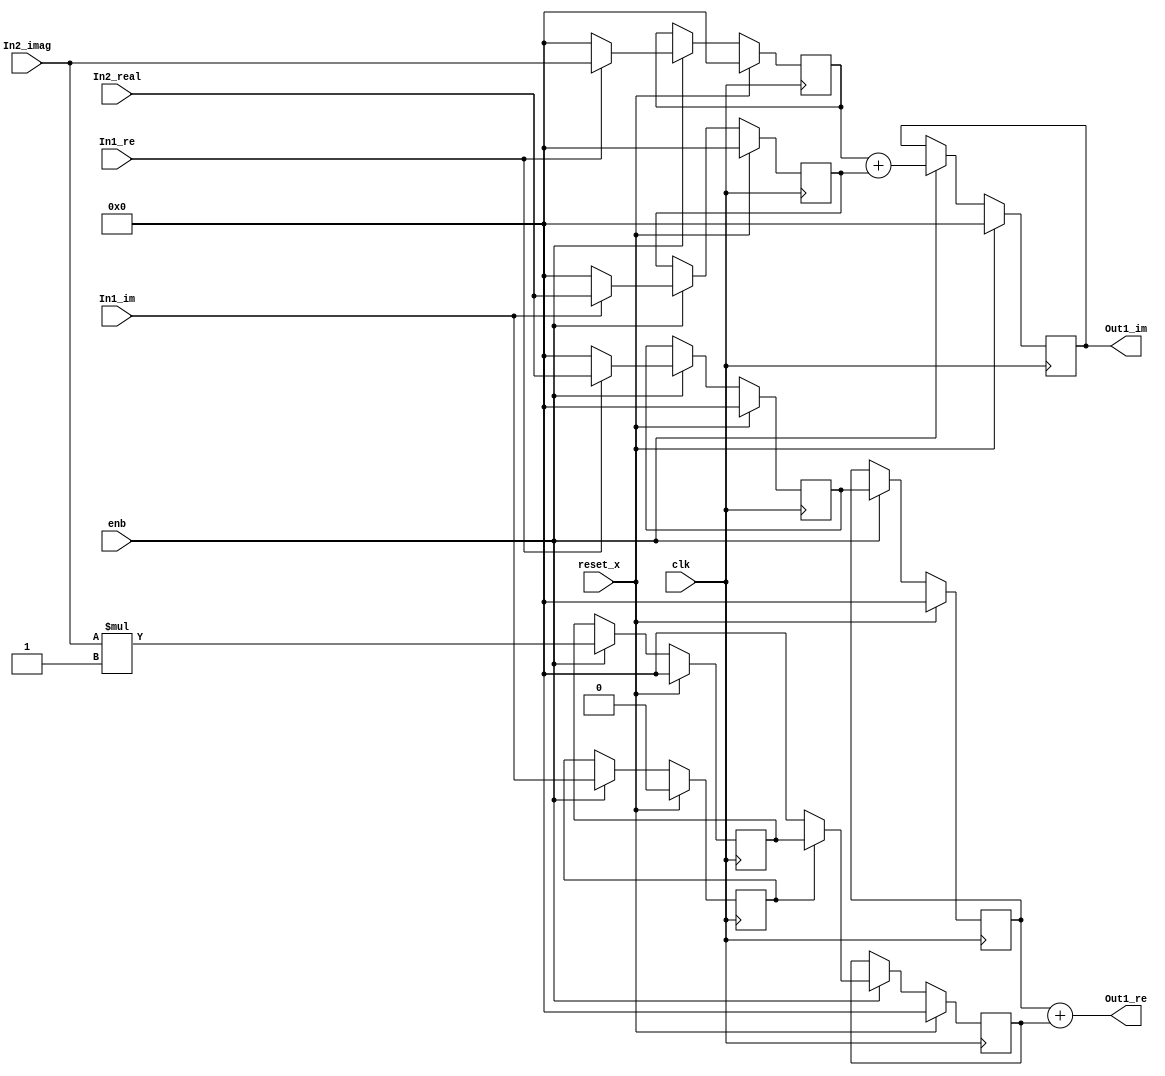
// -------------------------------------------------------------
// 
// 
// Generated by MATLAB 9.8 and HDL Coder 3.16
// 
// -------------------------------------------------------------


// -------------------------------------------------------------
// 
// Module: Complex_multiplication2_block18
// Source Path: newhope_cambios/FDHT/DFT_2/DFT10 - block_2/DFT5-row 2/DFT5-4/Complex-multiplication2
// Hierarchy Level: 5
// 
// -------------------------------------------------------------

`timescale 1 ns / 1 ns

module Complex_multiplication2_block18
          (clk,
           reset_x,
           enb,
           In1_re,
           In1_im,
           In2_real,
           In2_imag,
           Out1_re,
           Out1_im);


  input   clk;
  input   reset_x;
  input   enb;
  input   In1_re;  // ufix1
  input   In1_im;  // ufix1
  input   signed [36:0] In2_real;  // sfix37_En22
  input   signed [36:0] In2_imag;  // sfix37_En22
  output  signed [36:0] Out1_re;  // sfix37_En22
  output  signed [36:0] Out1_im;  // sfix37_En22


  wire signed [36:0] Product_in0;  // sfix37_En22
  wire signed [37:0] Product_cast;  // sfix38_En22
  wire signed [36:0] Product_out1;  // sfix37_En22
  reg signed [36:0] delayMatch1_reg [0:1];  // sfix37 [2]
  wire signed [36:0] delayMatch1_reg_next [0:1];  // sfix37_En22 [2]
  wire signed [36:0] Product_out1_1;  // sfix37_En22
  reg  Complex_to_Real_Imag1_out2;  // ufix1
  wire signed [1:0] Constant_out1;  // sfix2
  wire signed [38:0] Product4_mul_temp;  // sfix39_En22
  wire signed [36:0] Product4_out1;  // sfix37_En22
  reg signed [36:0] Product4_out1_1;  // sfix37_En22
  wire signed [36:0] Product1_in0;  // sfix37_En22
  wire signed [37:0] Product1_cast;  // sfix38_En22
  wire signed [36:0] Product1_out1;  // sfix37_En22
  reg signed [36:0] Product1_out1_1;  // sfix37_En22
  wire signed [36:0] Sum_out1;  // sfix37_En22
  wire signed [36:0] Product2_in0;  // sfix37_En22
  wire signed [37:0] Product2_cast;  // sfix38_En22
  wire signed [36:0] Product2_out1;  // sfix37_En22
  reg signed [36:0] Product2_out1_1;  // sfix37_En22
  wire signed [36:0] Product3_in0;  // sfix37_En22
  wire signed [37:0] Product3_cast;  // sfix38_En22
  wire signed [36:0] Product3_out1;  // sfix37_En22
  reg signed [36:0] Product3_out1_1;  // sfix37_En22
  wire signed [36:0] Sum1_out1;  // sfix37_En22
  reg signed [36:0] Sum1_out1_1;  // sfix37_En22


  assign Product_in0 = (In1_re == 1'b1 ? In2_real :
              37'sh0000000000);
  assign Product_cast = {Product_in0[36], Product_in0};
  assign Product_out1 = Product_cast[36:0];



  always @(posedge clk)
    begin : delayMatch1_process
      if (reset_x == 1'b1) begin
        delayMatch1_reg[0] <= 37'sh0000000000;
        delayMatch1_reg[1] <= 37'sh0000000000;
      end
      else begin
        if (enb) begin
          delayMatch1_reg[0] <= delayMatch1_reg_next[0];
          delayMatch1_reg[1] <= delayMatch1_reg_next[1];
        end
      end
    end

  assign Product_out1_1 = delayMatch1_reg[1];
  assign delayMatch1_reg_next[0] = Product_out1;
  assign delayMatch1_reg_next[1] = delayMatch1_reg[0];



  always @(posedge clk)
    begin : delayMatch_process
      if (reset_x == 1'b1) begin
        Complex_to_Real_Imag1_out2 <= 1'b0;
      end
      else begin
        if (enb) begin
          Complex_to_Real_Imag1_out2 <= In1_im;
        end
      end
    end



  assign Constant_out1 = 2'sb11;



  assign Product4_mul_temp = In2_imag * Constant_out1;
  assign Product4_out1 = Product4_mul_temp[36:0];



  always @(posedge clk)
    begin : PipelineRegister4_process
      if (reset_x == 1'b1) begin
        Product4_out1_1 <= 37'sh0000000000;
      end
      else begin
        if (enb) begin
          Product4_out1_1 <= Product4_out1;
        end
      end
    end



  assign Product1_in0 = (Complex_to_Real_Imag1_out2 == 1'b1 ? Product4_out1_1 :
              37'sh0000000000);
  assign Product1_cast = {Product1_in0[36], Product1_in0};
  assign Product1_out1 = Product1_cast[36:0];



  always @(posedge clk)
    begin : PipelineRegister1_process
      if (reset_x == 1'b1) begin
        Product1_out1_1 <= 37'sh0000000000;
      end
      else begin
        if (enb) begin
          Product1_out1_1 <= Product1_out1;
        end
      end
    end



  assign Sum_out1 = Product_out1_1 + Product1_out1_1;



  assign Out1_re = Sum_out1;

  assign Product2_in0 = (In1_re == 1'b1 ? In2_imag :
              37'sh0000000000);
  assign Product2_cast = {Product2_in0[36], Product2_in0};
  assign Product2_out1 = Product2_cast[36:0];



  always @(posedge clk)
    begin : PipelineRegister2_process
      if (reset_x == 1'b1) begin
        Product2_out1_1 <= 37'sh0000000000;
      end
      else begin
        if (enb) begin
          Product2_out1_1 <= Product2_out1;
        end
      end
    end



  assign Product3_in0 = (In1_im == 1'b1 ? In2_real :
              37'sh0000000000);
  assign Product3_cast = {Product3_in0[36], Product3_in0};
  assign Product3_out1 = Product3_cast[36:0];



  always @(posedge clk)
    begin : PipelineRegister3_process
      if (reset_x == 1'b1) begin
        Product3_out1_1 <= 37'sh0000000000;
      end
      else begin
        if (enb) begin
          Product3_out1_1 <= Product3_out1;
        end
      end
    end



  assign Sum1_out1 = Product2_out1_1 + Product3_out1_1;



  always @(posedge clk)
    begin : delayMatch2_process
      if (reset_x == 1'b1) begin
        Sum1_out1_1 <= 37'sh0000000000;
      end
      else begin
        if (enb) begin
          Sum1_out1_1 <= Sum1_out1;
        end
      end
    end



  assign Out1_im = Sum1_out1_1;

endmodule  // Complex_multiplication2_block18